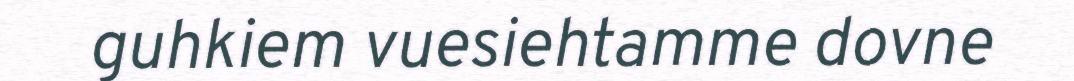
guhkiem vuesiehtamme dovne